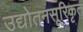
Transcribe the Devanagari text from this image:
उद्योतनसूरिकृत